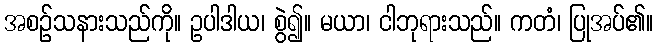
အစဉ်သနားသည်ကို။ ဥပါဒါယ၊ စွဲ၍။ မယာ၊ ငါဘုရားသည်။ ကတံ၊ ပြုအပ်၏။